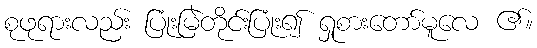
စုဖုရားလည်း ပြုံးမြဲတိုင်းပြုံး၍ ရှုစားတော်မူလေ ၏။